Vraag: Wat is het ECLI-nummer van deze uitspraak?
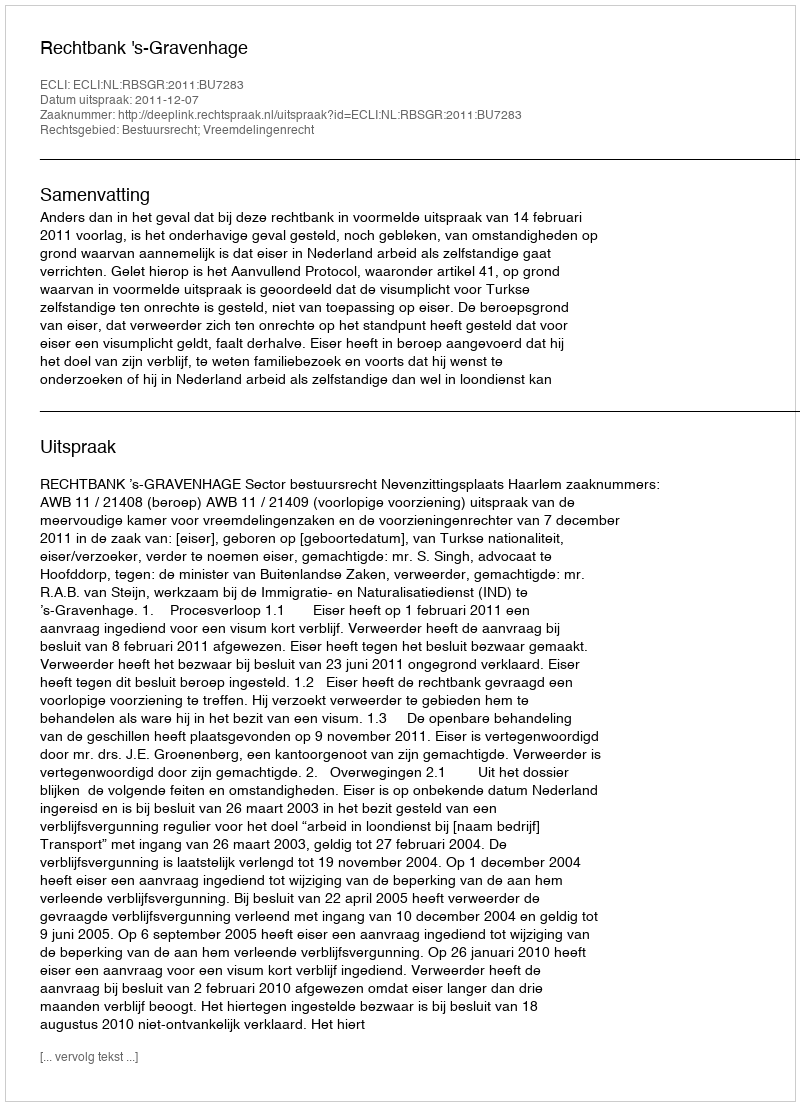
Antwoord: ECLI:NL:RBSGR:2011:BU7283